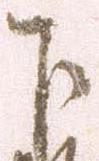
下